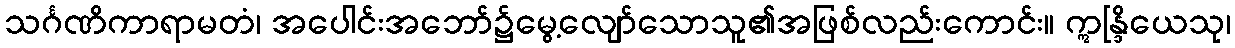
သင်္ဂဏိကာရာမတံ၊ အပေါင်းအဘော်၌မွေ့လျော်သောသူ၏အဖြစ်လည်းကောင်း။ ဣန္ဒြိယေသု၊